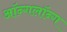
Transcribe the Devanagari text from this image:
ऑन्गलॉन्ग